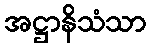
အဋ္ဌာနိသံသာ